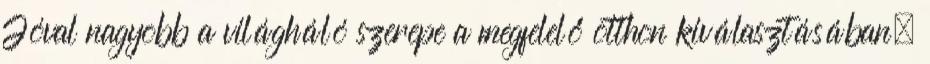
Jóval nagyobb a világháló szerepe a megfelelő otthon kiválasztásában,